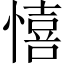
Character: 憘